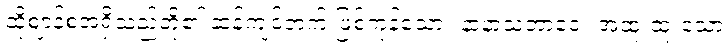
ထိုဈာန်စအရှိသည်တို့၏ ဆန့်ကျင်ဘက် ဖြစ်ကုန်သော။ နာနာသဘာဝေ။ အထူးထူးသော